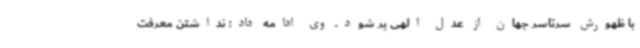
با ظهورش سرتاسر جهان از عدل الهی پر شود. وی ادامه داد: نداشتن معرفت